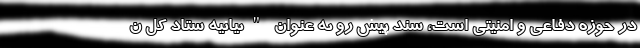
در حوزه دفاعی و امنیتی است، سند پیش رو به عنوان "بیانیه ستاد کل ن